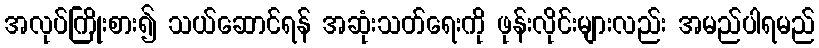
အလုပ်ကြိုးစား၍ သယ်ဆောင်ရန် အဆုံးသတ်ရေးကို ဖုန်းလိုင်းများလည်း အမည်ပါရမည်